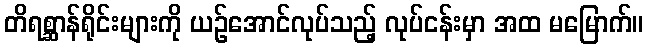
တိရစ္ဆာန်ရိုင်းများကို ယဉ်အောင်လုပ်သည့် လုပ်ငန်းမှာ အထ မမြောက်။